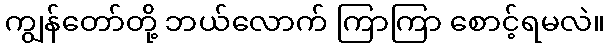
ကျွန်တော်တို့ ဘယ်လောက် ကြာကြာ စောင့်ရမလဲ။